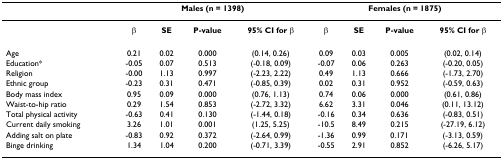
|  | <COLSPAN=4> Males (n = 1398) | <COLSPAN=4> Females (n = 1875) |
 | --- | --- | --- | --- | --- | --- | --- | --- | --- |
 |  | β | SE | P-value | 95% CI for β | β | SE | P-value | 95% CI for β |
 | Age | 0.21 | 0.02 | 0.000 | (0.14, 0.26) | 0.09 | 0.03 | 0.005 | (0.02, 0.14) |
 | Education* | -0.05 | 0.07 | 0.513 | (-0.18, 0.09) | -0.07 | 0.06 | 0.263 | (-0.20, 0.05) |
 | Religion | -0.00 | 1.13 | 0.997 | (-2.23, 2.22) | 0.49 | 1.13 | 0.666 | (-1.73, 2.70) |
 | Ethnic group | -0.23 | 0.31 | 0.471 | (-0.85, 0.39) | 0.02 | 0.31 | 0.952 | (-0.59, 0.63) |
 | Body mass index | 0.95 | 0.09 | 0.000 | (0.76, 1.13) | 0.74 | 0.06 | 0.000 | (0.61, 0.86) |
 | Waist-to-hip ratio | 0.29 | 1.54 | 0.853 | (-2.72, 3.32) | 6.62 | 3.31 | 0.046 | (0.11, 13.12) |
 | Total physical activity | -0.63 | 0.41 | 0.130 | (-1.44, 0.18) | -0.16 | 0.34 | 0.636 | (-0.83, 0.51) |
 | Current daily smoking | 3.26 | 1.01 | 0.001 | (1.25, 5.25) | -10.5 | 8.49 | 0.215 | (-27.19, 6.12) |
 | Adding salt on plate | -0.83 | 0.92 | 0.372 | (-2.64, 0.99) | -1.36 | 0.99 | 0.171 | (-3.13, 0.59) |
 | Binge drinking | 1.34 | 1.04 | 0.200 | (-0.71, 3.39) | -0.55 | 2.91 | 0.852 | (-6.26, 5.17) |